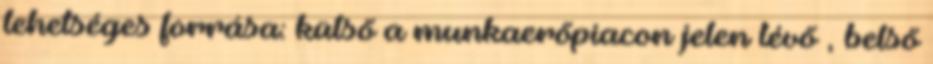
lehetséges forrása: külső a munkaerőpiacon jelen lévő , belső